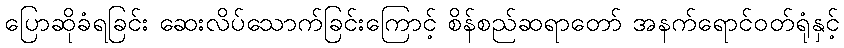
ပြောဆိုခံရခြင်း ဆေးလိပ်သောက်ခြင်းကြောင့် စိန်စည်ဆရာတော် အနက်ရောင်ဝတ်ရုံနှင့်